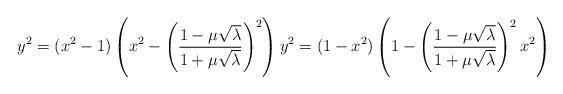
LaTeX: \begin{align*}y^2= (x^2-1)\left(x^2-\left(\frac{1-\mu\sqrt{\lambda}}{1+\mu\sqrt{\lambda}}\right)^2\right)y^2= (1-x^2)\left(1-\left(\frac{1-\mu\sqrt{\lambda}}{1+\mu\sqrt{\lambda}}\right)^2 x^2\right)\end{align*}